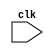
module risky_mem (
  input clk
);

endmodule